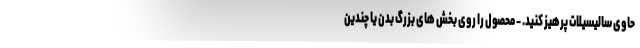
حاوی سالیسیلات پرهیز کنید. - محصول را روی بخش های بزرگ بدن یا چندین